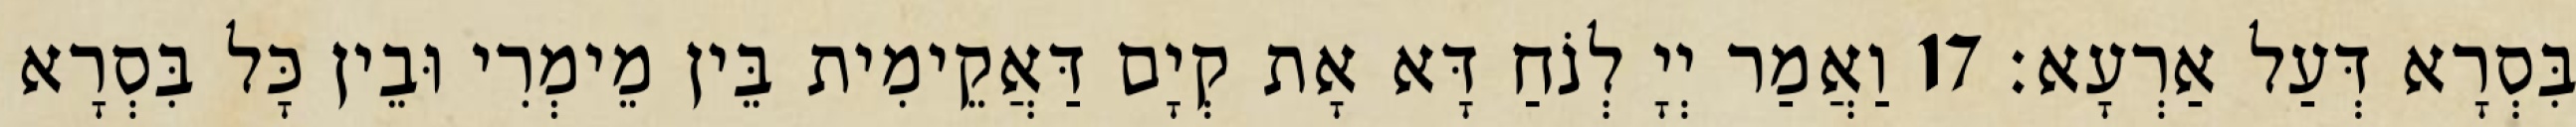
בִּסְרָא דְּעַל אַרְעָא׃ 17 וַאֲמַר יְיָ לְנֹחַ דָּא אָת קְיָם דַּאֲקֵימִית בֵּין מֵימְרִי וּבֵין כָּל בִּסְרָא